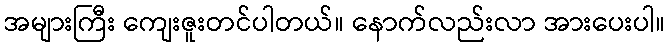
အများကြီး ကျေးဇူးတင်ပါတယ်။ နောက်လည်းလာ အားပေးပါ။